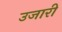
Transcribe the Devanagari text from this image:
उजारी